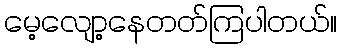
မေ့လျော့နေတတ်ကြပါတယ်။